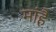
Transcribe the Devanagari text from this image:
मांहै